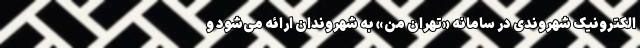
الکترونیک شهروندی در سامانه «تهران من» به شهروندان ارائه می‌شود و